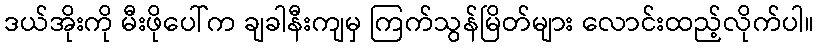
ဒယ်အိုးကို မီးဖိုပေါ်က ချခါနီးကျမှ ကြက်သွန်မြိတ်များ လောင်းထည့်လိုက်ပါ။